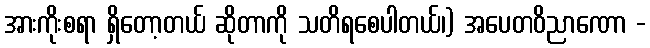
အားကိုးစရာ ရှိတော့တယ် ဆိုတာကို သတိရစေပါတယ်၊) အပေတဝိညာဏော -